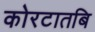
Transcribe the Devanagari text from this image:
कोरटातबि